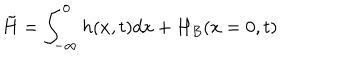
LaTeX: \tilde { H } = \int _ { - \infty } ^ { 0 } h ( x , t ) d x + H _ { B } ( x = 0 , t )